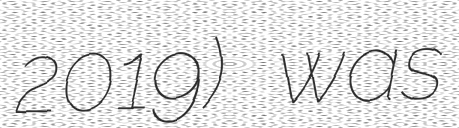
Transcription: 2019) was